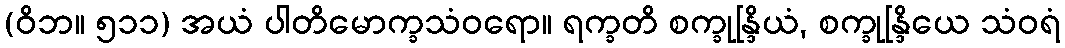
(ဝိဘ။ ၅၁၁) အယံ ပါတိမောက္ခသံဝရော။ ရက္ခတိ စက္ခုန္ဒြိယံ, စက္ခုန္ဒြိယေ သံဝရံ